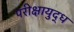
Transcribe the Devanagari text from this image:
परीक्षायुद्ध